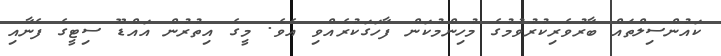
ކައުންސިލްތައް ބާރުވެރިކުރުވުމުގެ މުހިންމުކަން ފާހަގަކުރެއްވި އެވެ. މީގެ އިތުރުން އައްޑޫ ސިޓީގެ ފެނާއި